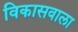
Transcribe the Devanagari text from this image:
विकासवाला